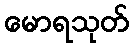
မောရသုတ်